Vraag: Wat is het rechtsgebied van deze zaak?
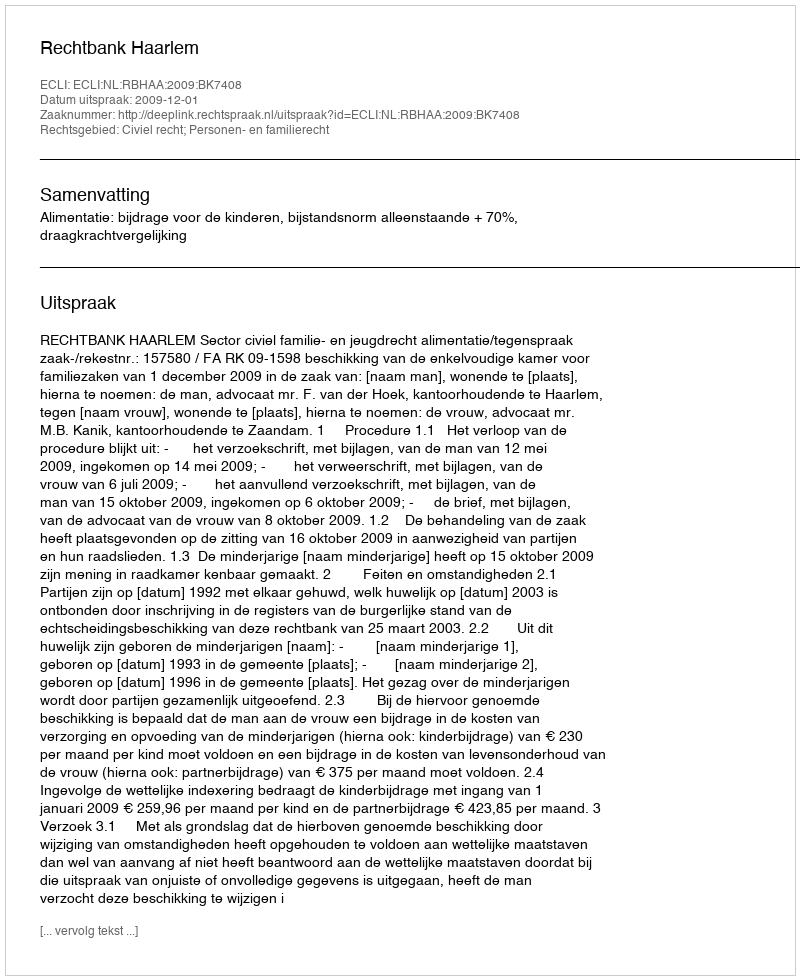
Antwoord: Civiel recht; Personen- en familierecht